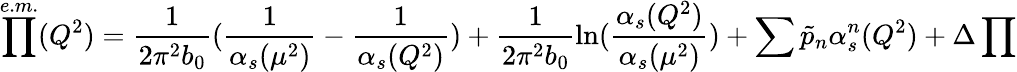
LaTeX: \prod^{e.m.}(Q^{2})=\frac{1}{2\pi^{2}b_{0}}(\frac{1}{\alpha_{s}(\mu^{2})}-\frac{1}{\alpha_{s}(Q^{2})})+\frac{1}{2\pi^{2}b_{0}}\ln(\frac{\alpha_{s}(Q^{2})}{\alpha_{s}(\mu^{2})})+\sum\tilde{p}_{n}\alpha_{s}^{n}(Q^{2})+\Delta\prod